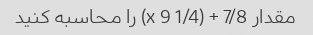
مقدار 7/8 + (1/4 x 9) را محاسبه کنید